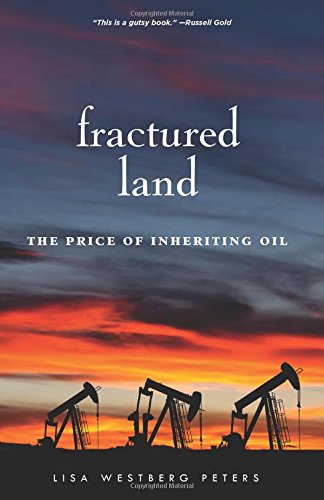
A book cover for Fractured Land: The Price of Inheriting Oil; Lisa Westberg Peters; Biographies & Memoirs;